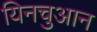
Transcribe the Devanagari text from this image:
यिनचुआन